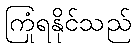
ကြုံရနိုင်သည်